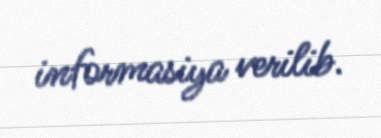
informasiya verilib.